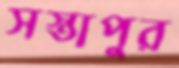
সস্তাপুর